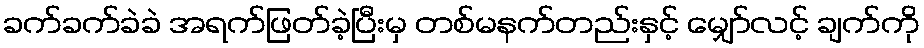
ခက်ခက်ခဲခဲ အရက်ဖြတ်ခဲ့ပြီးမှ တစ်မနက်တည်းနှင့် မျှော်လင့် ချက်ကို